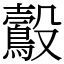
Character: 鷇